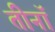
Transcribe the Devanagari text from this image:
तीनॉ